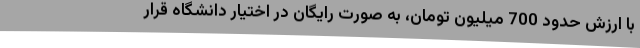
با ارزش حدود 700 میلیون تومان، به صورت رایگان در اختیار دانشگاه قرار